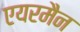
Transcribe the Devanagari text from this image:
एयरमैन